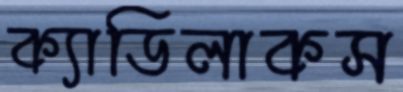
ক্যাডিলাকস